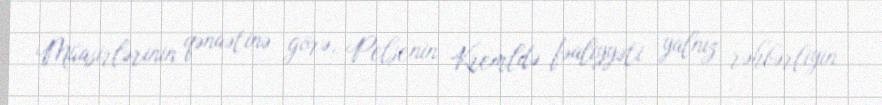
Müasirlərinin qənaətinə görə, Pelşenin Kremldə fəaliyyəti yalnız rəhbərliyin